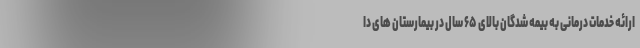
ارائه خدمات درمانی به بیمه شدگان بالای ۶۵ سال در بیمارستان های دا